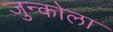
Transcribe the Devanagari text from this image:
जुन्कोला